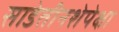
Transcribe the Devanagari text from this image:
साडेतीनशेपेक्षा